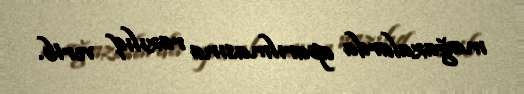
mağazalarda aparılmasına razılıq verib.